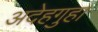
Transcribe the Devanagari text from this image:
अदेहगुहा